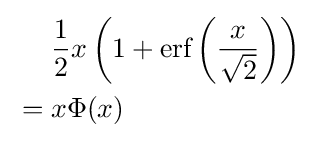
{\begin{aligned}&{\frac {1}{2}}x\left(1+{\text{erf}}\left({\frac {x}{\sqrt {2}}}\right)\right)\\{}={}&x\Phi (x)\end{aligned}}